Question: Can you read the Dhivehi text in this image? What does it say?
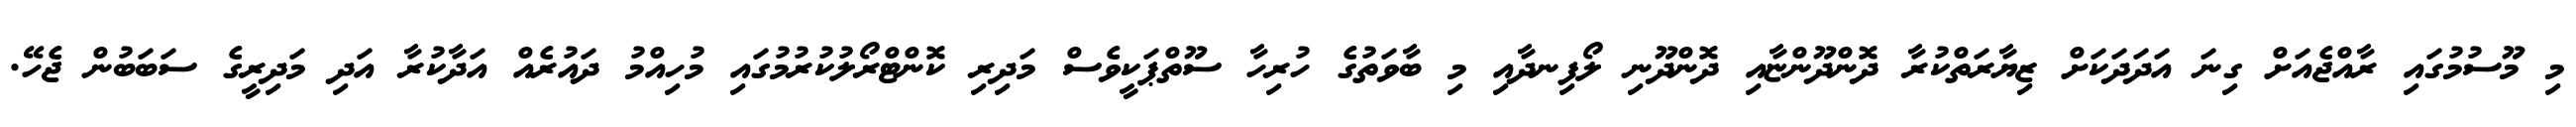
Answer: މި މޫސުމުގައި ރާއްޖެއަށް ގިނަ އަދަދަކަށް ޒިޔާރަތްކުރާ ދޮންދޫންޏާއި ދޮންދޫނި ލޯފިނދާއި މި ބާވަތުގެ ހުރިހާ ސޫތްޕަކީވެސް މަދިރި ކޮންޓްރޯލުކުރުމުގައި މުހިއްމު ދައުރެއް އަދާކުރާ އަދި މަދިރީގެ ސަބަބުން ޖެހޭ.